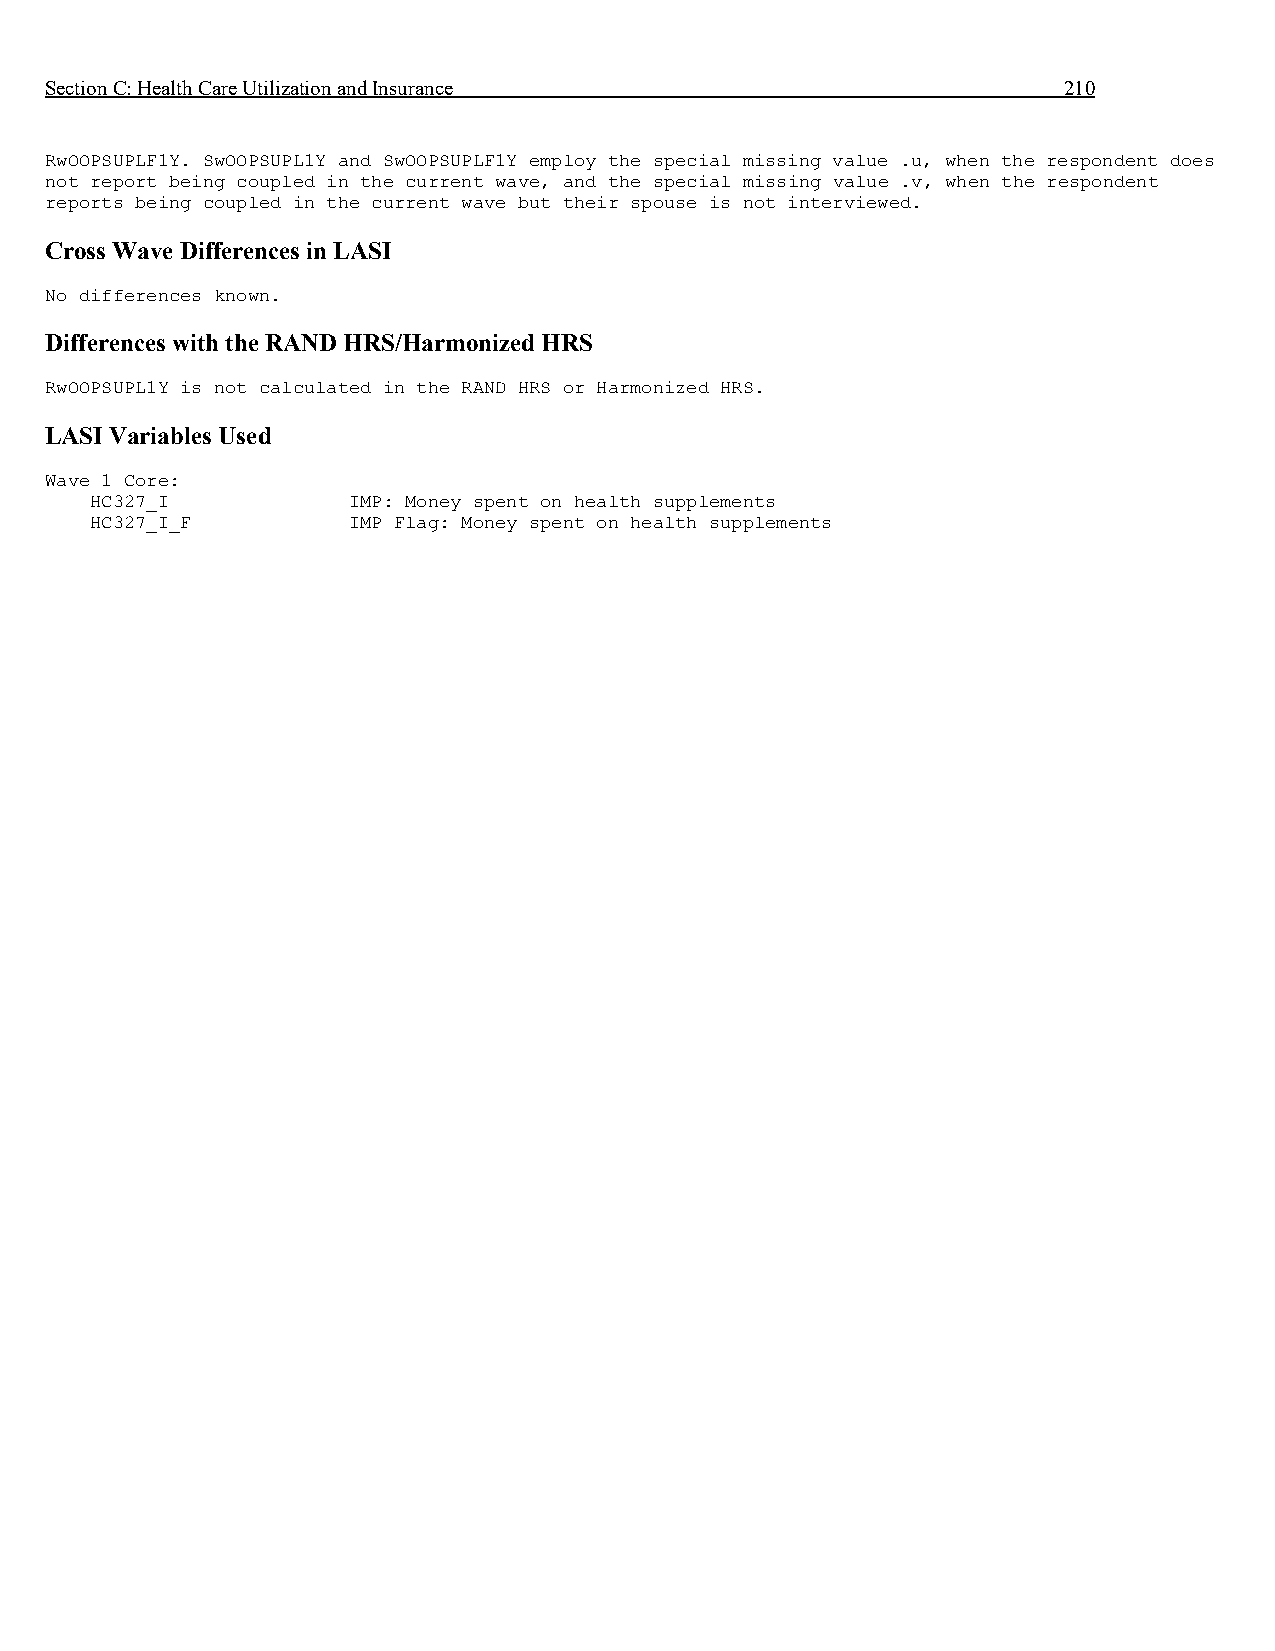
Section C: Health Care Utilization and Insurance                   210
 RwOOPSUPLF1Y. SwOOPSUPL1Y and SwOOPSUPLF1Y employ the special missing value .u, when the respondent does
 not report being coupled in the current wave, and the special missing value .v, when the respondent
 reports being coupled in the current wave but their spouse is not interviewed.
 Cross Wave Differences in LASI
 No differences known.
 Differences with the RAND HRS/Harmonized HRS
 RwOOPSUPL1Y is not calculated in the RAND HRS or Harmonized HRS.
 LASI Variables Used
 Wave 1 Core:
 HC327_I          IMP: Money spent on health supplements
 HC327_I_F        IMP Flag: Money spent on health supplements